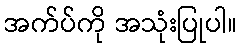
အက်ပ်ကို အသုံးပြုပါ။